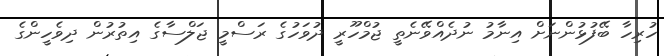
ހުރިހާ ބޭފުޅުންނަށް އިނާމު ނުދެއްވޭނެތީ ޖުމްހޫރީ ދުވަހުގެ ރަސްމީ ޖަލްސާގެ އިތުރުން ދިވެހީންގެ